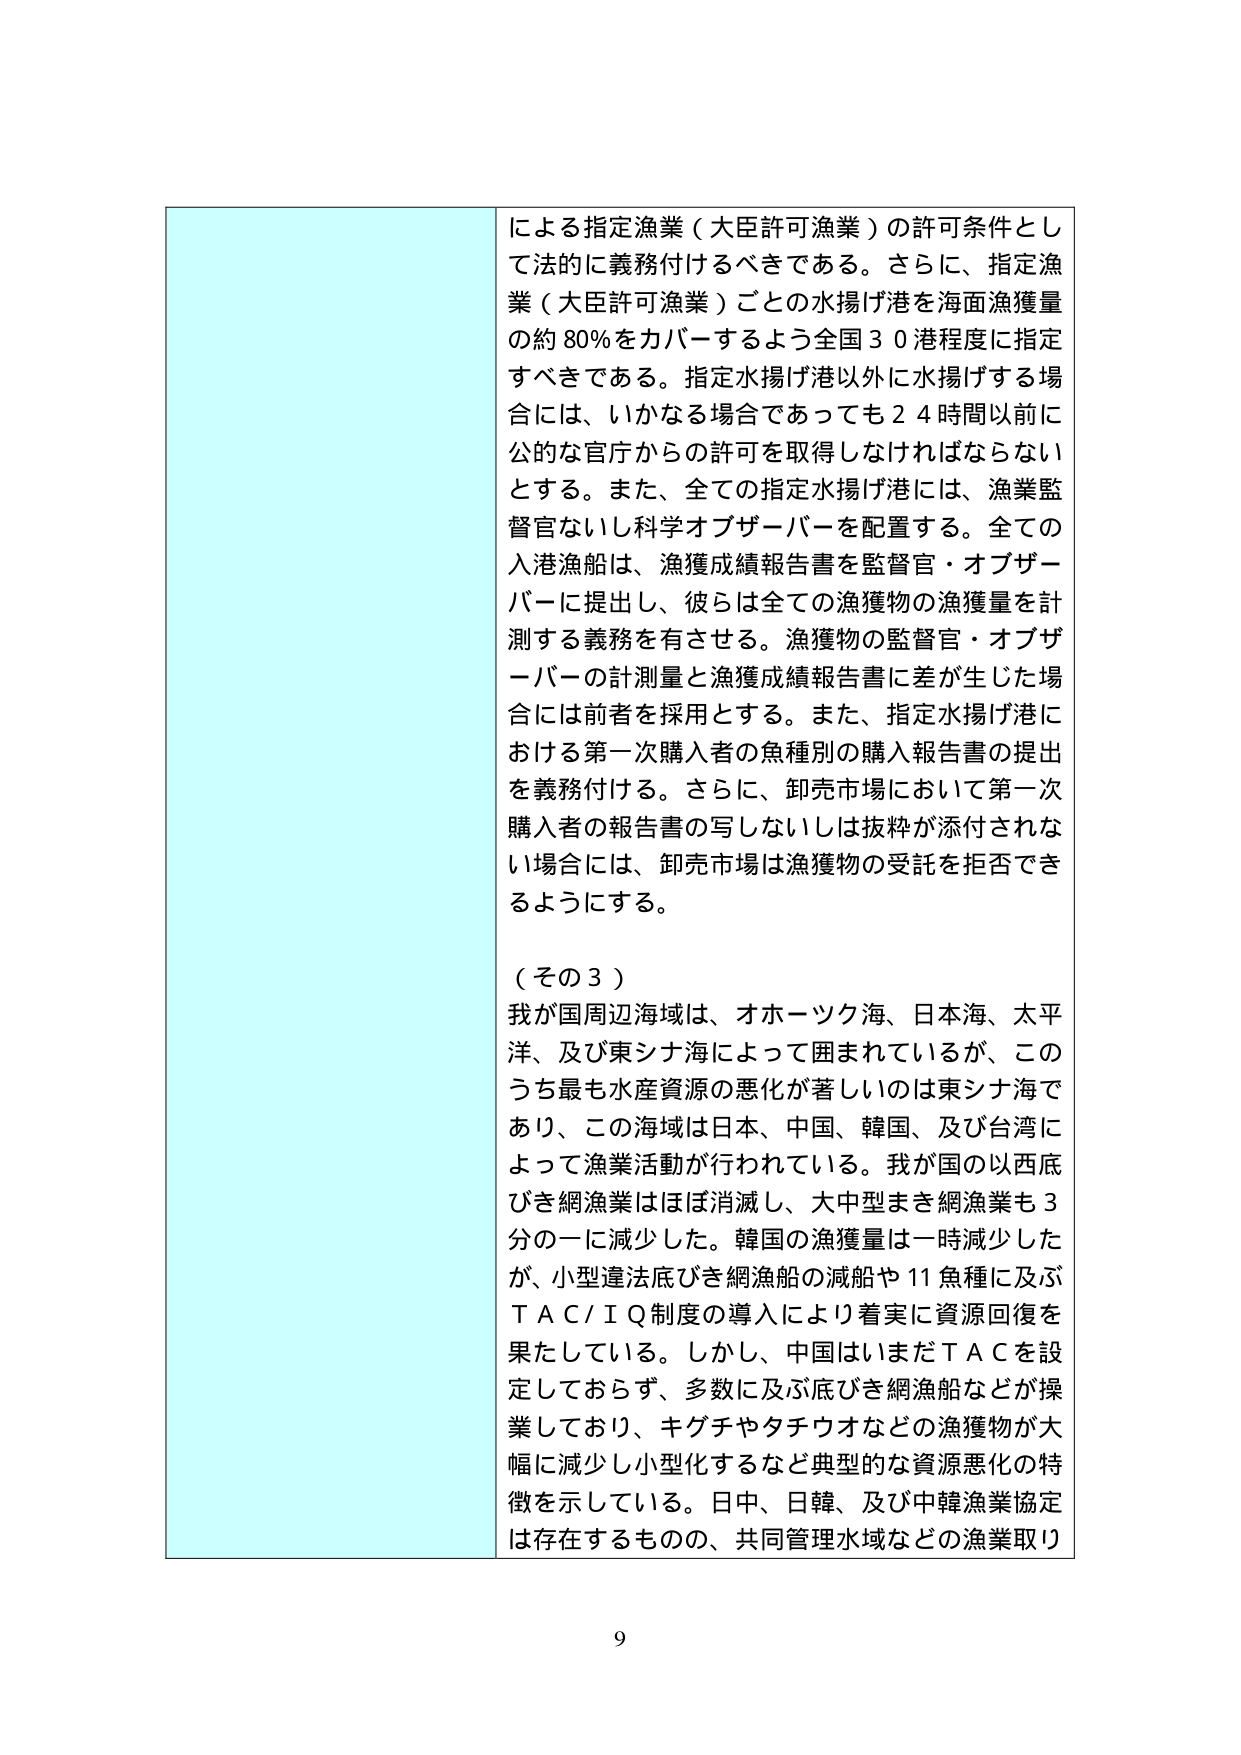
による指定漁業（大臣許可漁業）の許可条件として法的に義務付けるべきである。さらに、指定漁業（大臣許可漁業）ごとの水揚げ港を海面漁獲量の約80％をカバーするよう全国30港程度に指定すべきである。指定水揚げ港以外に水揚げする場合には、いかなる場合であっても24時間以前に公的な官庁からの許可を取得しなければならないとする。また、全ての指定水揚げ港には、漁業監督官ないし科学オブザーバーを配置する。全ての入港漁船は、漁獲成績報告書を監督官・オブザーバーに提出し、彼らは全ての漁獲物の漁獲量を計測する義務を有させる。漁獲物の監督官・オブザーバーの計測量と漁獲成績報告書に差が生じた場合には前者を採用とする。また、指定水揚げ港における第一次購入者の魚種別の購入報告書の提出を義務付ける。さらに、卸売市場において第一次購入者の報告書の写しないしは抜粋が添付されない場合には、卸売市場は漁獲物の受託を拒否できるようにする。

（その3）
我が国周辺海域は、オホーツク海、日本海、太平洋、及び東シナ海によって囲まれているが、このうち最も水産資源の悪化が著しいのは東シナ海であり、この海域は日本、中国、韓国、及び台湾によって漁業活動が行われている。我が国の以西底びき網漁業はほぼ消滅し、大中型まき網漁業も3分の一に減少した。韓国の漁獲量は一時減少したが、小型違法底びき網漁船の減船や11魚種に及ぶＴＡＣ／ＩＱ制度の導入により着実に資源回復を果たしている。しかし、中国はいまだＴＡＣを設定しておらず、多数に及ぶ底びき網漁船などが操業しており、キゲチやタチウオなどの漁獲物が大幅に減少し小型化するなど典型的な資源悪化の特徴を示している。日中、日韓、及び中韓漁業協定は存在するものの、共同管理水域などの漁業取り

9